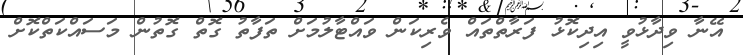
އޭނާ ވިދާޅުވީ އިދިކޮޅު ފަރާތްތައް ވެރިކަން ވައްޓާލުމަށް ތަފާތު ގޮތް ގޮތުން މަސައްކަތްކޮށް